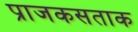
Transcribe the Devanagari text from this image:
प्राजकसताक